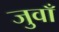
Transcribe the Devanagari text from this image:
जुवाँ